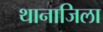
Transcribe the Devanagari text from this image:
थानाजिला